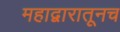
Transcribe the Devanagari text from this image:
महाद्वारातूनच